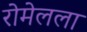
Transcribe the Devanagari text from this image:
रोमेलला